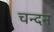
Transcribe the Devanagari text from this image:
चन्‍दन